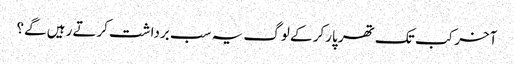
آخر کب تک تھر پارکر کے لوگ یہ سب برداشت کرتے رہیں گے؟